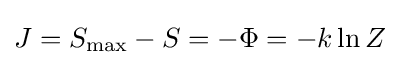
J=S_{\max }-S=-\Phi =-k\ln Z